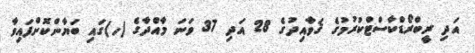
އަދި ރީބްރޯޑްކާސްޓްކުރުމުގެ ޤަވާއިދުގެ 28 އަދި 37 ވަނަ މާއްދާގެ (ހ)ގައި ބަޔާންކޮށްފައިވާ